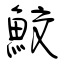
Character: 鮫